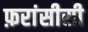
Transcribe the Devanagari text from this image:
फ़रांसीसी